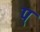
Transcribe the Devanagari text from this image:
प्‌